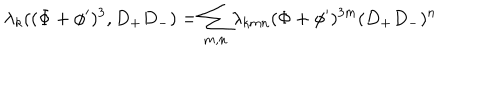
\lambda _ { k } ( ( \Phi + \phi ^ { \prime } ) ^ { 3 } , D _ { + } D _ { - } ) = \sum _ { m , n } \lambda _ { k m n } ( \Phi + \phi ^ { \prime } ) ^ { 3 m } ( D _ { + } D _ { - } ) ^ { n }